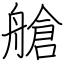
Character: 艙